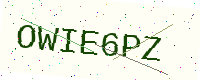
Text: OWIE6PZ